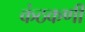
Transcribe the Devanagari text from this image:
कंठकणी